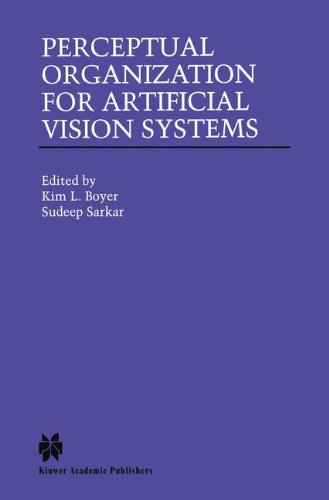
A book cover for Perceptual Organization for Artificial Vision Systems (The Springer International Series in Engineering and Computer Science); Computers & Technology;